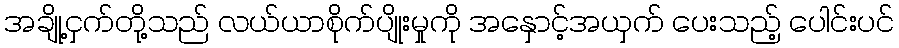
အချို့ငှက်တို့သည် လယ်ယာစိုက်ပျိုးမှုကို အနှောင့်အယှက် ပေးသည့် ပေါင်းပင်